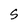
Character: S